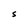
Character: s